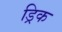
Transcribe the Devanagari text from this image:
ड्रिक